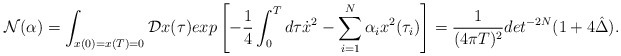
\begin{align*}{\cal N}(\alpha)=\int_{x(0)=x(T)=0}{\cal D}x(\tau)exp\left[-{1\over 4}\int_0^Td\tau\dot{x}^2-\sum_{i=1}^N\alpha_ix^2(\tau_i)\right]={1\over (4\pi T)^2}det^{-2N}(1+4\hat{\Delta}).\end{align*}